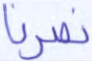
نصرنا